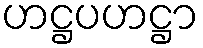
ဟဋ္ဌပဟဋ္ဌာ